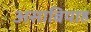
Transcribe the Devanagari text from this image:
असाबियाह